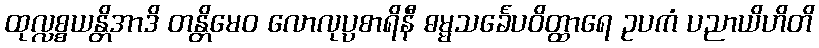
ထုလ္လစ္စယန္တိအာဒိ တန္တိမေဝ လောလုပ္ပစာရိနီ ဓမ္မသင်္ခေပဝိတ္ထာရေ ဥပကံ ပညာယိဟိတိ